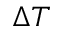
\Delta T